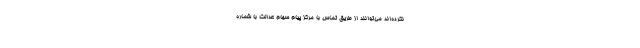
نکرده‌اند می‌توانند از طریق تماس با مرکز پیام سهام عدالت با شماره